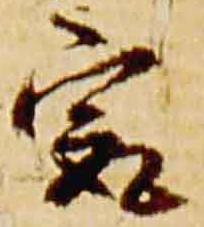
最